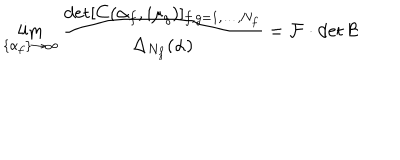
\lim _ { \{ \alpha _ { f } \} \to \infty } \frac { \det [ C ( \alpha _ { f } , i \mu _ { g } ) ] _ { f , g = 1 , \dots , N _ { f } } } { \Delta _ { N _ { f } } ( \alpha ) } = \mathcal { F } \cdot \det \mathcal { B }